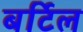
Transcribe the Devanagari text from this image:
बर्टिल